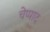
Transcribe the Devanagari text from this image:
चेप्पाद